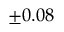
\pm 0 . 0 8